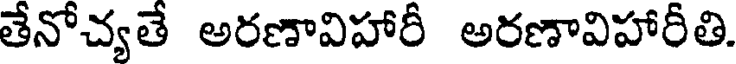
తేనోచ్యతే అరణావిహారీ అరణావిహారీతి.